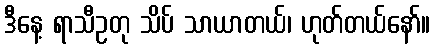
ဒီနေ့ ရာသီဥတု သိပ် သာယာတယ်၊ ဟုတ်တယ်နော်။